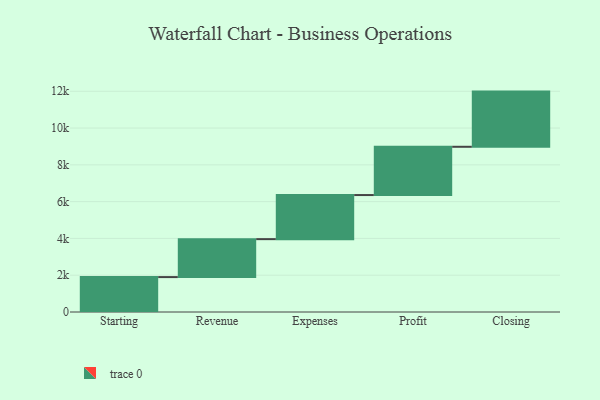
{"axis": {"x": "Step", "y": "Value"}, "legend": [""], "data": [{"x": "Starting", "y": 1898.0, "type": ""}, {"x": "Revenue", "y": 2063.0, "type": ""}, {"x": "Expenses", "y": 2397.0, "type": ""}, {"x": "Profit", "y": 2624.0, "type": ""}, {"x": "Closing", "y": 3000, "type": ""}]}